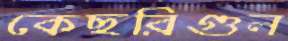
কেছরিগুল